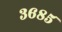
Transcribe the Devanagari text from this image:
३६८५